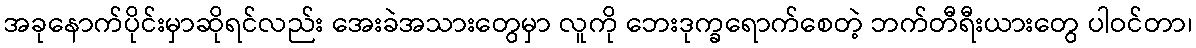
အခုနောက်ပိုင်းမှာဆိုရင်လည်း အေးခဲအသားတွေမှာ လူကို ဘေးဒုက္ခရောက်စေတဲ့ ဘက်တီရီးယားတွေ ပါဝင်တာ၊